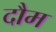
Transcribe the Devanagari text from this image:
दौम